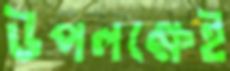
উপলক্ষেই